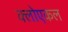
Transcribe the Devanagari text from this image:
क्लोएकल